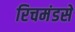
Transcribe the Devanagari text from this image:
रिचमंडसे